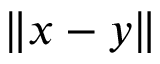
\| x - y \|